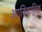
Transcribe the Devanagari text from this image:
आतिवाहिक